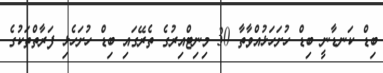
ބިޑް ކަނޑާނީ ބިޑް ހުށަހަޅުއްވާތާ 30 މިނިޓްއިރުގެ ތެރޭގައި ބިޑް ހުށަހެޅި ފަރާތްތަކުގެ